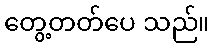
တွေ့တတ်ပေ သည်။